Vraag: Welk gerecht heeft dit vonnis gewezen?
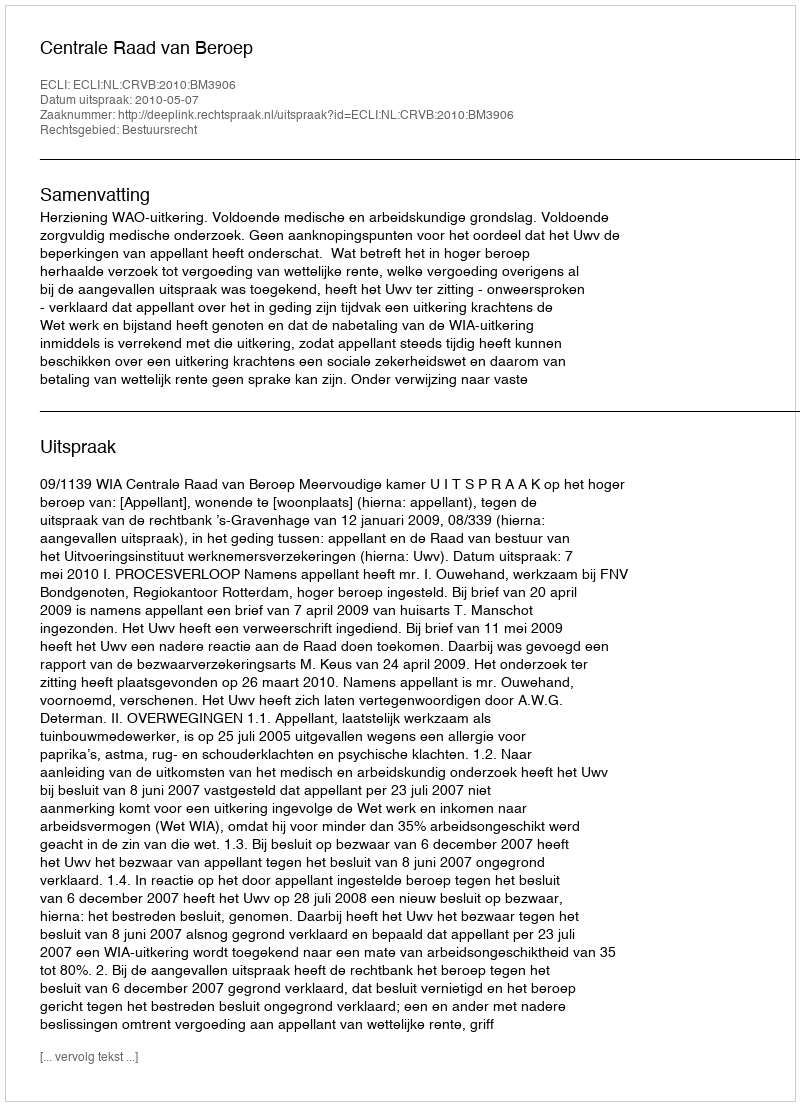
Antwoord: Centrale Raad van Beroep